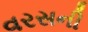
વરસની